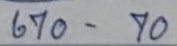
670 - 70